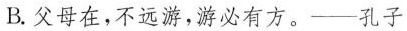
B.父母在，不远游，游必有方。——孔子